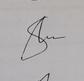
Signature authenticity: genuine